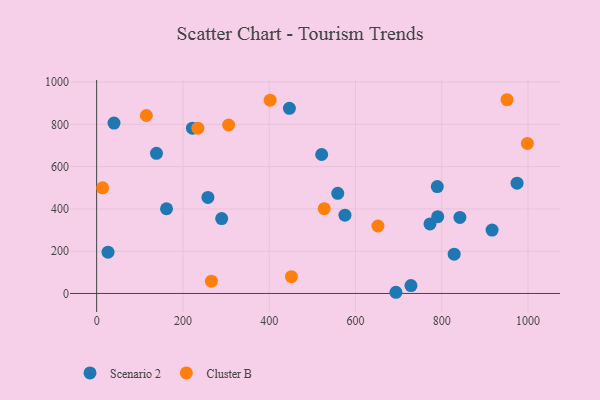
{"axis": {"x": "Price", "y": "Salary"}, "legend": ["Cluster B", "Scenario 2"], "data": [{"x": "974.7", "y": 521.6, "type": "Scenario 2"}, {"x": "916.8", "y": 299.8, "type": "Scenario 2"}, {"x": "789.8", "y": 505.5, "type": "Scenario 2"}, {"x": "772.8", "y": 329.1, "type": "Scenario 2"}, {"x": "559.0", "y": 473.8, "type": "Scenario 2"}, {"x": "138.7", "y": 662.9, "type": "Scenario 2"}, {"x": "790.7", "y": 363.2, "type": "Scenario 2"}, {"x": "693.9", "y": 5.6, "type": "Scenario 2"}, {"x": "26.4", "y": 195.5, "type": "Scenario 2"}, {"x": "40.3", "y": 805.9, "type": "Scenario 2"}, {"x": "446.9", "y": 875.9, "type": "Scenario 2"}, {"x": "575.7", "y": 370.3, "type": "Scenario 2"}, {"x": "289.9", "y": 354.0, "type": "Scenario 2"}, {"x": "842.2", "y": 359.7, "type": "Scenario 2"}, {"x": "728.7", "y": 37.5, "type": "Scenario 2"}, {"x": "258.0", "y": 454.2, "type": "Scenario 2"}, {"x": "828.9", "y": 185.8, "type": "Scenario 2"}, {"x": "521.7", "y": 657.4, "type": "Scenario 2"}, {"x": "162.0", "y": 400.8, "type": "Scenario 2"}, {"x": "222.1", "y": 782.0, "type": "Scenario 2"}, {"x": "115.3", "y": 841.7, "type": "Cluster B"}, {"x": "451.6", "y": 79.3, "type": "Cluster B"}, {"x": "13.9", "y": 499.5, "type": "Cluster B"}, {"x": "652.2", "y": 319.0, "type": "Cluster B"}, {"x": "527.6", "y": 401.1, "type": "Cluster B"}, {"x": "306.0", "y": 796.8, "type": "Cluster B"}, {"x": "234.7", "y": 781.6, "type": "Cluster B"}, {"x": "998.6", "y": 709.5, "type": "Cluster B"}, {"x": "266.1", "y": 58.2, "type": "Cluster B"}, {"x": "951.4", "y": 916.4, "type": "Cluster B"}, {"x": "402.3", "y": 914.1, "type": "Cluster B"}]}